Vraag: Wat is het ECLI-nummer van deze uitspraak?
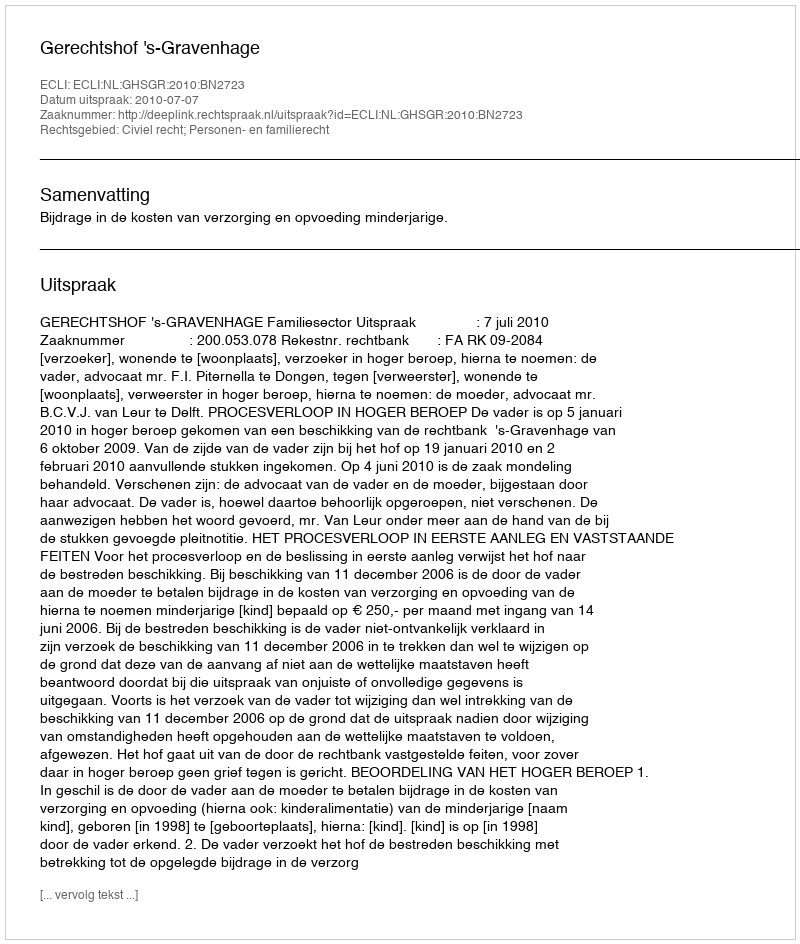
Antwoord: ECLI:NL:GHSGR:2010:BN2723